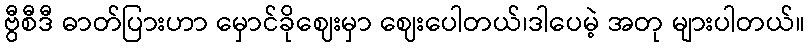
ဗွီစီဒီ ဓာတ်ပြားဟာ မှောင်ခိုဈေးမှာ ဈေးပေါတယ်၊ဒါပေမဲ့ အတု များပါတယ်။